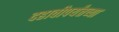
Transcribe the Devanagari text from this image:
दहावीपर्यंतच्या